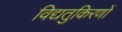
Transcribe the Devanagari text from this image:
विद्यतुकिरणों